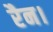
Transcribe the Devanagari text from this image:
रैन।